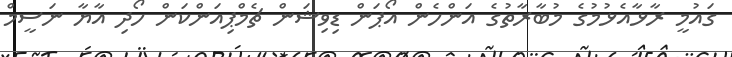
ގައުމީ ރާޅާއެޅުމުގެ މުބާރާތުގެ އަންހެން އޯޕަން ޑިވިޝަން ޗެމްޕިއަންކަން ހޯދި އާޔާ ނަސީމް